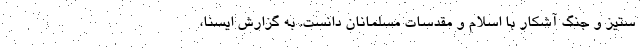
ستیز و جنگ آشکار با اسلام و مقدسات مسلمانان دانست. به گزارش ایسنا،